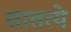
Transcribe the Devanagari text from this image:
सातत्ये